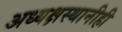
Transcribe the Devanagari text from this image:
अध्यक्षस्थानीही